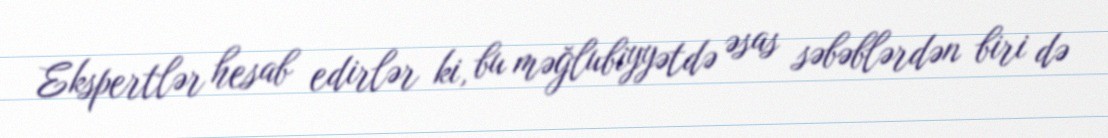
Ekspertlər hesab edirlər ki, bu məğlubiyyətdə əsas səbəblərdən biri də